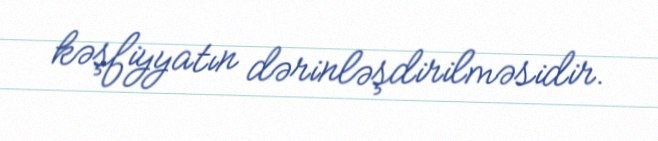
kəşfiyyatın dərinləşdirilməsidir.